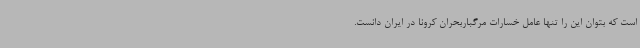
است که بتوان این را تنها عامل خسارات مرگباربحران کرونا در ایران دانست.